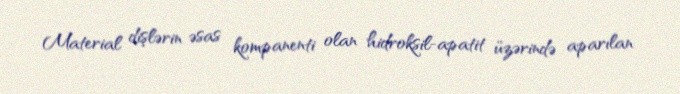
Material dişlərin əsas kompanenti olan hidroksil-apatit üzərində aparılan